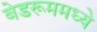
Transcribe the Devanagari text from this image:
बेडरूममध्ये